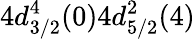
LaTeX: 4d_{3/2}^{4}(0)4d_{5/2}^{2}(4)